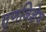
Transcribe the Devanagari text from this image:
तृणविशेष